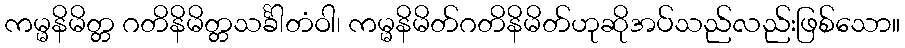
ကမ္မနိမိတ္တ ဂတိနိမိတ္တသင်္ခါတံဝါ၊ ကမ္မနိမိတ်ဂတိနိမိတ်ဟုဆိုအပ်သည်လည်းဖြစ်သော။